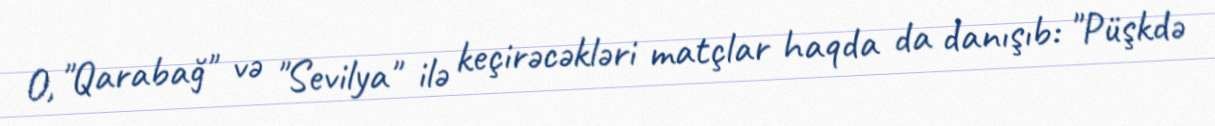
O, "Qarabağ" və "Sevilya" ilə keçirəcəkləri matçlar haqda da danışıb: "Püşkdə